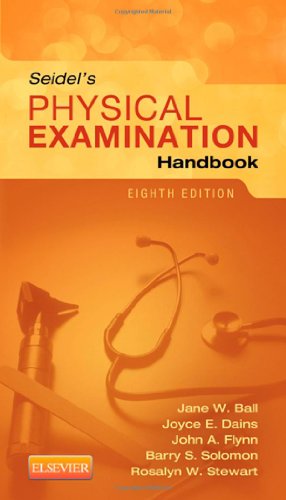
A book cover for Seidel's Physical Examination Handbook, 8e (Seidel, Mosby's Physical Examination Handbook); Jane W. Ball RN  DrPH  CPNP  DPNAP; Medical Books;